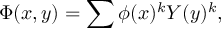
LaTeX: \Phi ( x , y ) = \sum \phi ( x ) ^ { k } Y ( y ) ^ { k } ,